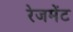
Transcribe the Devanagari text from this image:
रेजमेंट